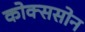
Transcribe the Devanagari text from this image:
कोक्ससोन